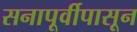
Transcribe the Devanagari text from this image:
सनापूर्वीपासून